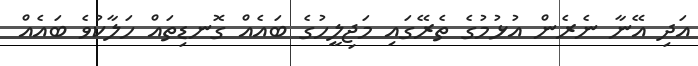
އަދި އޭނާ ނެރެން އުޅުމުގެ ތެރޭގައި މަޖިލީހުގެ ބައެއް ގޮނޑިތައް ހަލާކުވެ ބައެއް